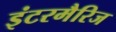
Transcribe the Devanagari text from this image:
इंटरमैरिज